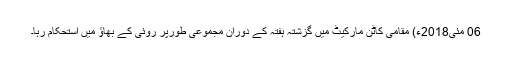
06 مئی2018ء) مقامی کاٹن مارکیٹ میں گزشتہ ہفتہ کے دوران مجموعی طورپر روئی کے بھاؤ میں استحکام رہا۔